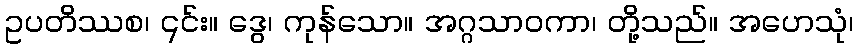
ဥပတိဿစ၊ ၎င်း။ ဒွေ၊ ကုန်သော။ အဂ္ဂသာဝကာ၊ တို့သည်။ အဟေသုံ၊